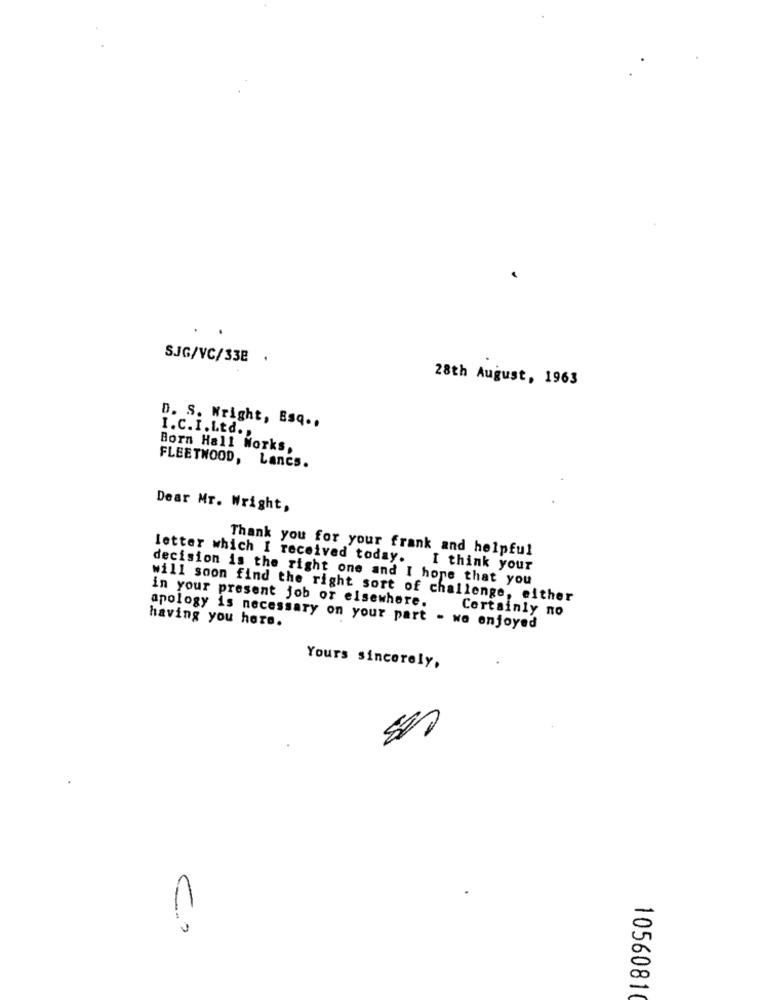
SJG/VC/338 .
28th August, 1963
D. S. Wright, Esq ..
I.C. I.Ltd .,
Born Hall Works,
FLEETWOOD, Lancs.
Dear Mr. Wright,
Thank you for your frank and helpful
letter which I received today. I think your
decision is the right one and I hope that you
will soon find the right sort of challenge, either
in your present job or elsewhere.
Certainly no
having you here.
apology is necessary on your part - we enjoyed
Yours sincerely,
11
1056081